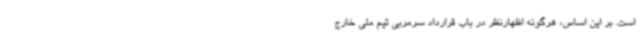
است. بر این اساس، هرگونه اظهارنظر در باب قرارداد سرمربی تیم ملی خارج